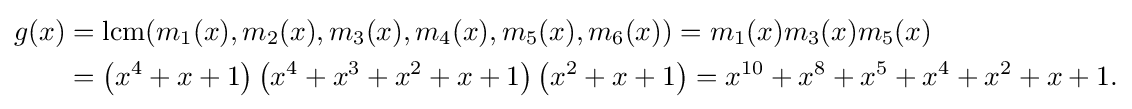
{\begin{aligned}g(x)&={\rm {lcm}}(m_{1}(x),m_{2}(x),m_{3}(x),m_{4}(x),m_{5}(x),m_{6}(x))=m_{1}(x)m_{3}(x)m_{5}(x)\\&=\left(x^{4}+x+1\right)\left(x^{4}+x^{3}+x^{2}+x+1\right)\left(x^{2}+x+1\right)=x^{10}+x^{8}+x^{5}+x^{4}+x^{2}+x+1.\end{aligned}}